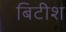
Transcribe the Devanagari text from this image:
बिटीश